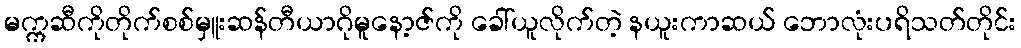
မက္ကဆီကိုတိုက်စစ်မှူးဆန်တီယာဂိုမူနော့ဇ်ကို ခေါ်ယူလိုက်တဲ့ နယူးကာဆယ် ဘောလုံးပရိသတ်တိုင်း